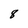
Character: 8